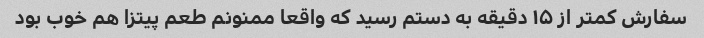
سفارش کمتر از ۱۵ دقیقه به دستم رسید که واقعا ممنونم طعم پیتزا هم خوب بود